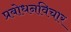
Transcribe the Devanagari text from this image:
प्रबोधनविचार